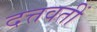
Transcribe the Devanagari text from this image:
दत्तवतीं